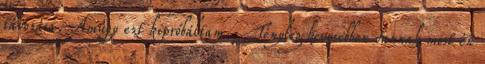
távozása. Amúgy ezt kipróbáltam. Tényleg kevesebben vannak most én